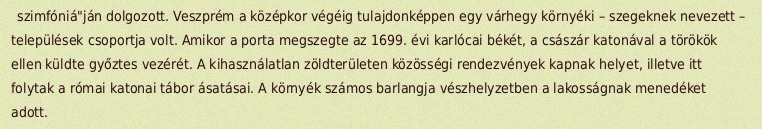
szimfóniá"ján dolgozott. Veszprém a középkor végéig tulajdonképpen egy várhegy környéki – szegeknek nevezett – települések csoportja volt. Amikor a porta megszegte az 1699. évi karlócai békét, a császár katonával a törökök ellen küldte győztes vezérét. A kihasználatlan zöldterületen közösségi rendezvények kapnak helyet, illetve itt folytak a római katonai tábor ásatásai. A környék számos barlangja vészhelyzetben a lakosságnak menedéket adott.